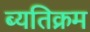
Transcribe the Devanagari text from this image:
ब्यतिक्रम